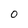
Character: 0